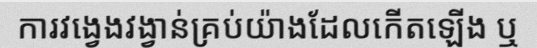
ការវង្វេងវង្វាន់គ្រប់យ៉ាងដែលកើតឡើង ឬ